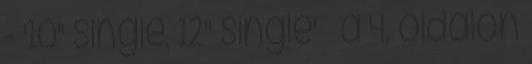
- '10" single, 12" single' » a 4. oldalon